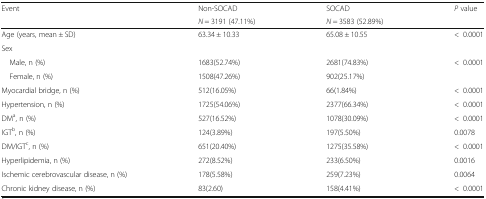
| <ROWSPAN=2> Event | Non-SOCAD | SOCAD | <ROWSPAN=2> P value |
 | N = 3191 (47.11%) | N = 3583 (52.89%) |
 | --- | --- | --- | --- |
 | Age (years, mean ± SD) | 63.34 ± 10.33 | 65.08 ± 10.55 | <0.0001 |
 | <COLSPAN=4> Sex |
 | Male, n (%) | 1683(52.74%) | 2681(74.83%) | <ROWSPAN=2> <0.0001 |
 | Female, n (%) | 1508(47.26%) | 902(25.17%) |
 | Myocardial bridge, n (%) | 512(16.05%) | 66(1.84%) | <0.0001 |
 | Hypertension, n (%) | 1725(54.06%) | 2377(66.34%) | <0.0001 |
 | DMa, n (%) | 527(16.52%) | 1078(30.09%) | <0.0001 |
 | IGTb, n (%) | 124(3.89%) | 197(5.50%) | 0.0078 |
 | DM/IGTc, n (%) | 651(20.40%) | 1275(35.58%) | <0.0001 |
 | Hyperlipidemia, n (%) | 272(8.52%) | 233(6.50%) | 0.0016 |
 | Ischemic cerebrovascular disease, n (%) | 178(5.58%) | 259(7.23%) | 0.0064 |
 | Chronic kidney disease, n (%) | 83(2.60) | 158(4.41%) | <0.0001 |